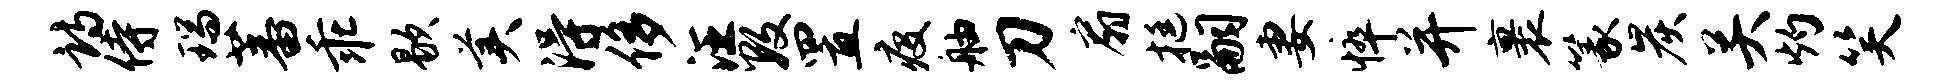
诗侍瑞蕃乖歇美得侈汪数置疫舳刀扇挺嗣妻悴并裹篆炭关灼笑